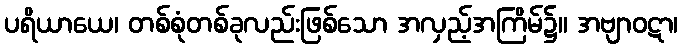
ပရိယာယေ၊ တစ်စုံတစ်ခုလည်းဖြစ်သော အလှည့်အကြိမ်၌။ အဗျာဝဋာ၊